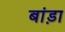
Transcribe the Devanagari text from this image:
बांड़ा